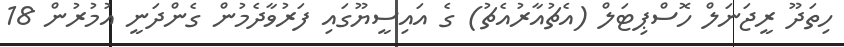
ހިތަދޫ ރީޖަނަލް ހޮސްޕިޓަލް (އެޗުއާރުއެޗު) ގެ އައިސީޔޫގައި ފަރުވާދެމުން ގެންދަނީ އުމުރުން 18